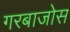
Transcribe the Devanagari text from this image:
गरबाजोस